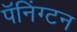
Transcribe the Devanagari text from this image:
पॅनिंग्टन